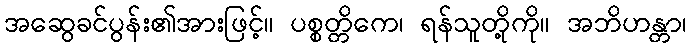
အဆွေခင်ပွန်း၏အားဖြင့်။ ပစ္စတ္တိကေ၊ ရန်သူတို့ကို။ အဘိဟန္တာ၊